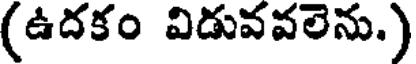
(ఉదకం విడువవలెను.)